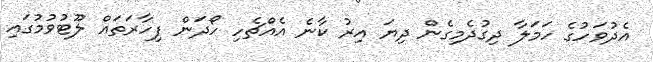
އެދުވަހުގެ ހަމަލާ ދިގުދެމިގެން ދިޔަ އިރު ކާނެ އެއްޗެހި ހޯދަން ފިހާރަތައް ލޫޓުވުމުގައި